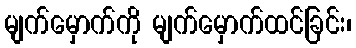
မျက်မှောက်ကို မျက်မှောက်ထင်ခြင်း၊